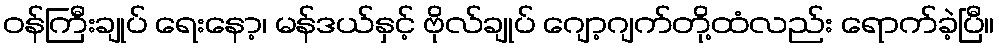
ဝန်ကြီးချုပ် ရေးနော့၊ မန်ဒယ်နှင့် ဗိုလ်ချုပ် ဂျော့ဂျက်တို့ထံလည်း ရောက်ခဲ့ပြီ။